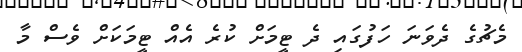
މެޗުގެ ދެވަނަ ހަފުގައި ދެ ޓީމަށް ކުރެ އެއް ޓީމަކަށް ވެސް މާ